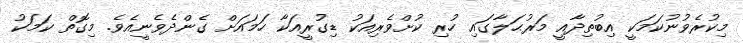
މިކުރެވުނުކަމަކީ އިބުތިދާއީ މަރުޙަލާގައި ހުރި ކުށްވެރިއަކު ޑިގުރީއަކާ ހަމައަށް ގެންދެވެނީއެވެ. މިގޮތް ކަމަކު